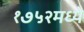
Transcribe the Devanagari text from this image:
१७५२मध्ये